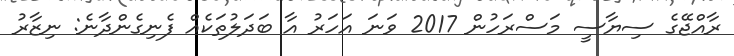
ރާއްޖޭގެ ސިޔާސީ މަސްރަހުން 2017 ވަނަ އަހަރު އާ ބަދަލުތަކެއް ފެނިގެންދާނެ: ނިޒާރު